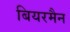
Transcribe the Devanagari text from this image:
बियरमैन